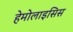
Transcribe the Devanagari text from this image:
हेमोलाइसिस